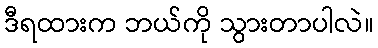
ဒီရထားက ဘယ်ကို သွားတာပါလဲ။